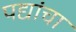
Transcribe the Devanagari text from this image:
पद्यांचा